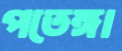
পতেঙ্গা